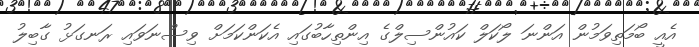
އެއީ ބޯމަތިވަމުން އަންނަ ލޯކަލް ކައުންސިލްގެ އިންތިހާބުގައި އެކަންކަމަށް ވިސްނަވައި ރަނގަޅު ގާބިލު